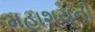
મહાશયની